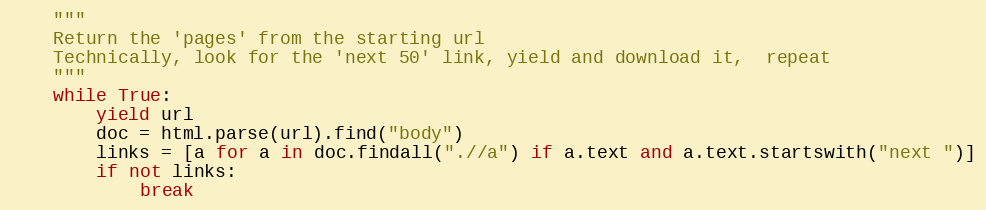
Language: Python
    """
    Return the 'pages' from the starting url
    Technically, look for the 'next 50' link, yield and download it,  repeat
    """
    while True:
        yield url
        doc = html.parse(url).find("body")
        links = [a for a in doc.findall(".//a") if a.text and a.text.startswith("next ")]
        if not links:
            break